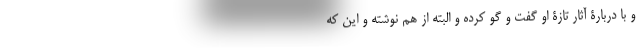
و با دربارۀ آثار تازۀ او گفت و گو کرده و البته از هم نوشته و این که